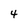
Character: 4